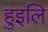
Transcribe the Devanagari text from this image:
हुइलि